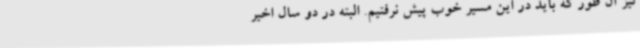
نیز آن طور که باید در این مسیر خوب پیش نرفتیم. البته در دو سال اخیر